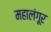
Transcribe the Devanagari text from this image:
महालंगूर